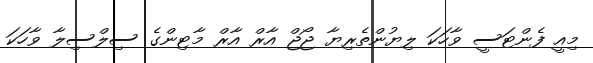
މިއީ ފެންޓަސީ ވާހަކަ ލިޔުންތެރިޔާ ޖޯޖް އާރް އާރް މާޓިންގެ ސިލްސިލާ ވާހަކަ